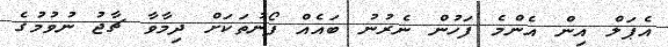
އެޕަލް އިން އެންމެ ފަހުން ނެރުނު ބައެއް ފޯނުތަކަށް ދިމާވާ ޗާޖު ނުވުމުގެ